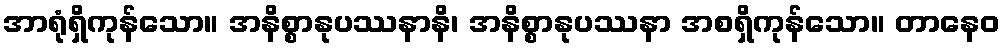
အာရုံရှိကုန်သော။ အနိစ္စာနုပဿနာနိ၊ အနိစ္စာနုပဿနာ အစရှိကုန်သော။ တာနေဝ